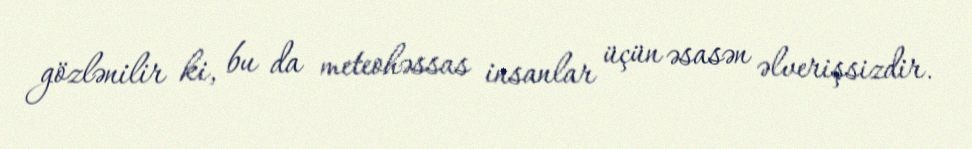
gözlənilir ki, bu da meteohəssas insanlar üçün əsasən əlverişsizdir.